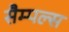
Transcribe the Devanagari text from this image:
सैम्पल्स